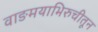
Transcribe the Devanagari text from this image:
वाङमयाभिरुचीतून